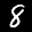
Label: 8